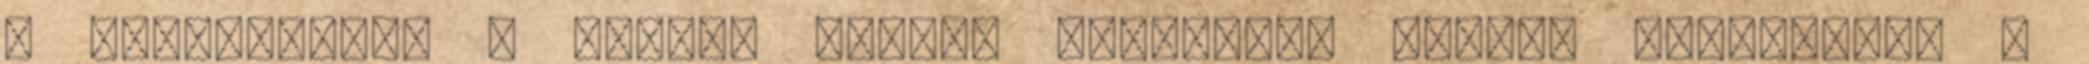
a gyerekeknek , hiszen élőben láthatnak valódi legendákat ,